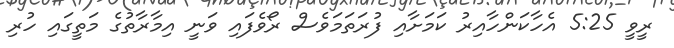
ރީވީ 5:25 އެހާކަންހާއިރު ކަމަށާއި ފުރަތަމަވެސް ރޯވެފައި ވަނީ އިމާރާތުގެ މަތީގައި ހުރި